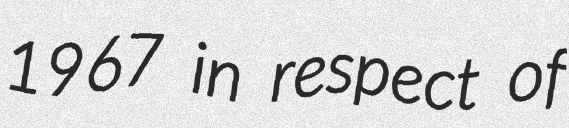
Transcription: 1967 in respect of